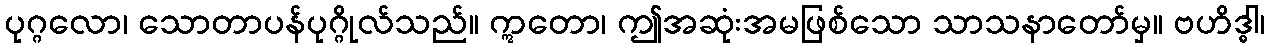
ပုဂ္ဂလော၊ သောတာပန်ပုဂ္ဂိုလ်သည်။ ဣတော၊ ဤအဆုံးအမဖြစ်သော သာသနာတော်မှ။ ဗဟိဒ္ဓါ၊